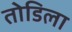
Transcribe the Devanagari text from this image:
तोडिला